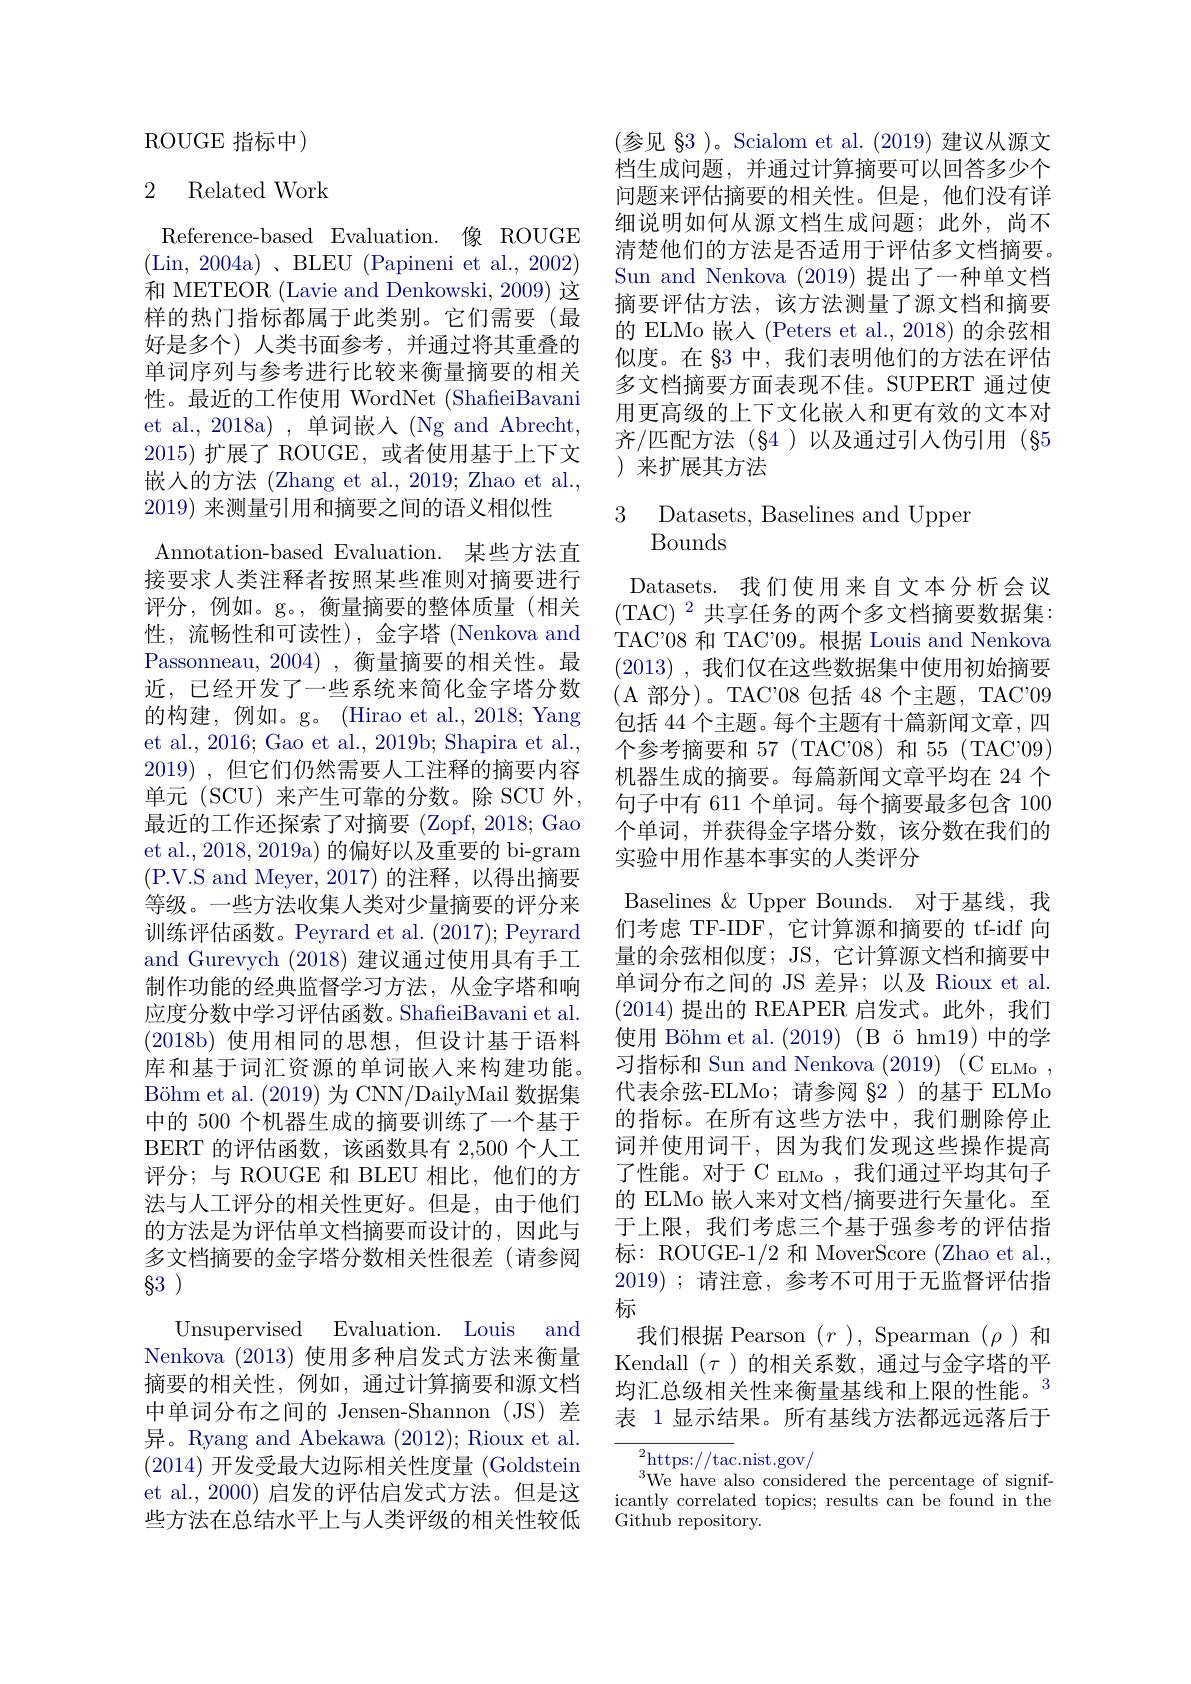
ROUGE 指标中)

## 2 Related Work

Reference-based Evaluation.像 ROUGE (Lin, 2004a)、BLEU(Papineni et al., 2002) 和 METEOR (Lavie and Denkowski, 2009) 这样的热门指标都属于此类别。它们需要(最好是多个)人类书面参考，并通过将其重叠的单词序列与参考进行比较来衡量摘要的相关性。最近的工作使用 WordNet (ShafieiBavani et al., 2018a) , 单词嵌人 (Ng and Abrecht, 2015)扩展了 ROUGE,或者使用基于上下文嵌入的方法 (Zhang et al., 2019; Zhao et al., 2019) 来测量引用和摘要之间的语义相似性
Annotation-based Evaluation. 某些方法直接要求人类注释者按照某些准则对摘要进行评分，例如。g。, 衡量摘要的整体质量(相关性，流畅性和可读性),金字塔 (Nenkova and Passonneau, 2004) , 衡量摘要的相关性。最近，已经开发了一些系统来简化金字塔分数的构建，例如。g。(Hirao et al., 2018; Yang et al., 2016; Gao et al., 2019b; Shapira et al., 2019) ,但它们仍然需要人工注释的摘要内容单元(SCU)来产生可靠的分数。除 SCU 外， 最近的工作还探索了对摘要(Zopf, 2018; Gao et al., 2018, 2019a) 的偏好以及重要的 bi-gram (P.V.S and Meyer,2017)的注释，以得出摘要等级。一些方法收集人类对少量摘要的评分来训练评估函数。Peyrard et al. (2017); Peyrard and Gurevych (2018)建议通过使用具有手工制作功能的经典监督学习方法，从金字塔和响应度分数中学习评估函数。ShafieiBavani et al. (2018b)使用相同的思想，但设计基于语料库和基于词汇资源的单词嵌入来构建功能。$\text{B\" {o}hmetal. ( 2019) 为 CNN/ DailyMail 数 据 集 }$ 中的 500 个机器生成的摘要训练了一个基于BERT 的评估函数，该函数具有 2,500 个人工评分；与 ROUGE 和 BLEU 相比，他们的方法与人工评分的相关性更好。但是，由于他们的方法是为评估单文档摘要而设计的，因此与多文档摘要的金字塔分数相关性很差(请参阅83 )

Unsupervised Evaluation. Louis and

Nenkova (2013)使用多种启发式方法来衡量摘要的相关性，例如，通过计算摘要和源文档中单词分布之间的 Jensen-Shannon (JS) 差异。Ryang and Abekawa (2012); Rioux et al. (2014)开发受最大边际相关性度量(Goldstein et al., 2000) 启发的评估启发式方法。但是这些方法在总结水平上与人类评级的相关性较低

(参见 §3 )。Scialom et al. (2019) 建议从源文档生成问题，并通过计算摘要可以回答多少个问题来评估摘要的相关性。但是，他们没有详细说明如何从源文档生成问题；此外，尚不清楚他们的方法是否适用于评估多文档摘要。Sun and Nenkova (2019)提出了一种单文档摘要评估方法，该方法测量了源文档和摘要的 ELMo 嵌入 (Peters et al.,2018) 的余弦相似度。在 83 中，我们表明他们的方法在评估多文档摘要方面表现不佳。SUPERT 通过使用更高级的上下文化嵌入和更有效的文本对齐/匹配方法(§4)以及通过引入伪引用(§5 )来扩展其方法

3 Datasets, Baselines and Upper
Bounds

Datasets. 我们使用来自文本分析会议(TAC$) ^2$共享任务的两个多文档摘要数据集： TAC'08 和 TAC'09。根据 Louis and Nenkova (2013) , 我们仅在这些数据集中使用初始摘要(A部分)。TAC'08包括 48 个主题，TAC'09包括 44 个主题。每个主题有十篇新闻文章，四个参考摘要和 57 (TAC'08) 和 55 (TAC'09) 机器生成的摘要。每篇新闻文章平均在 24 个句子中有 611 个单词。每个摘要最多包含 100个单词，并获得金字塔分数，该分数在我们的实验中用作基本事实的人类评分
Baselines &Upper Bounds. 对于基线，我们考虑 TF-IDF, 它计算源和摘要的 tf-idf 向量的余弦相似度；JS, 它计算源文档和摘要中单词分布之间的 JS 差异；以及 Rioux et al. (2014)提出的 REAPER 启发式。此外，我们使用 Böhm et al.(2019)(B ö hm19) 中的学习指标和 Sun and Nenkova (2019) (C ELMo , 代表余弦-ELMo;请参阅 §2)的基于 ELMo 的指标。在所有这些方法中，我们删除停止词并使用词干，因为我们发现这些操作提高了性能。对于 C ELMo ,我们通过平均其句子的 ELMo 嵌入来对文档/摘要进行矢量化。至于上限，我们考虑三个基于强参考的评估指标：ROUGE-1/2 和 MoverScore (Zhao et al. 2019) ;请注意，参考不可用于无监督评估指标
我们根据 Pearson $(r)$, Spearman $(\rho)$和Kendall $(\tau)$的相关系数，通过与金字塔的平均汇总级相关性来衡量基线和上限的性能。$^{3}$ 表 1 显示结果。所有基线方法都远远落后于

${\frac{2}{\mathrm{https:}//\mathrm{tac}}}_{1}$nist.gov/
We have also considered the percentage of signif- icantly correlated topics; results can be found in the Github repository.